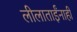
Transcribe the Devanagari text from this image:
लीलाताईंनाही